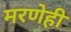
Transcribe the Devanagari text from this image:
मरणेही